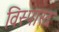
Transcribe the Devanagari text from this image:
विस्पारद